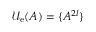
\mathcal { U } _ { \mathrm { e } } ( A ) = \{ A ^ { 2 l } \}